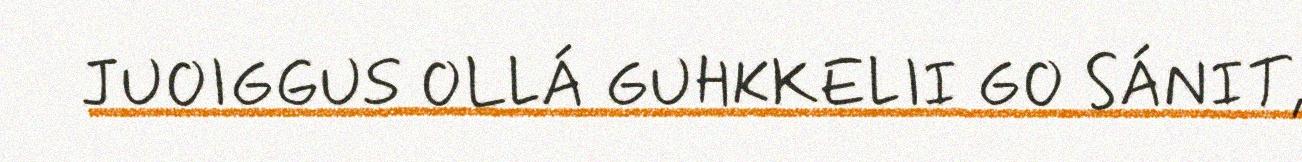
JUOIGGUS OLLÁ GUHKKELII GO SÁNIT,